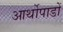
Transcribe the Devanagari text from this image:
आर्थोपाडों